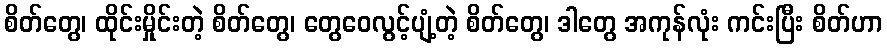
စိတ်တွေ၊ ထိုင်းမှိုင်းတဲ့ စိတ်တွေ၊ တွေဝေလွင့်ပျံ့တဲ့ စိတ်တွေ၊ ဒါတွေ အကုန်လုံး ကင်းပြီး စိတ်ဟာ